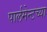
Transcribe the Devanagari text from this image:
पार्लमेन्टच्या